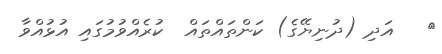
٥   އަދި (ދުނިޔޭގެ) ކަންތައްތައް  ކުރެއްވުމުގައި އުޅުއްވާ